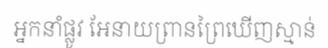
អ្នកនាំផ្លូវ អែនាយព្រានព្រៃឃើញស្មាន់